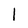
Character: 1